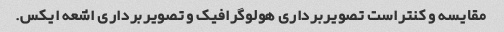
مقایسه و کنتراست تصویربرداری هولوگرافیک و تصویربرداری اشعه ایکس.